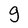
Character: g